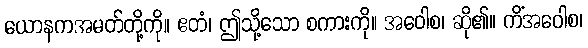
ယောနကအမတ်တို့ကို။ ဧတံ၊ ဤသို့သော စကားကို။ အဝေါစ၊ ဆို၏။ ကိံအဝေါစ၊